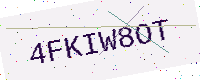
Text: 4FKIW8OT